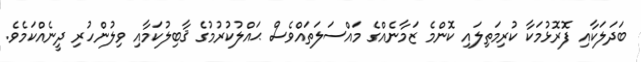
ބަދަލަކާއި ފޮރޮޅުމަކާ ކުރިމަތިލައި ކޮންމެ ޒަމާނެއްގެ މައްސަލަތައްވެސް ޙައްލުކުރުމުގެ ޤާބިލުކަމާއި ވިލުންހުރި ދީނެއްކަމެވެ.